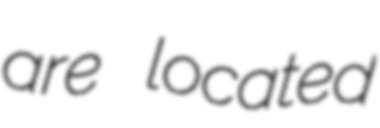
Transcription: are located